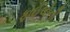
ફાઈલોની